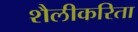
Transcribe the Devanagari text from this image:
शैलीकरिता